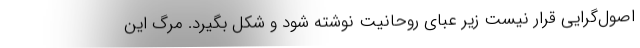
اصول‌گرایی قرار نیست زیر عبای روحانیت نوشته شود و شکل بگیرد. مرگ این